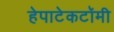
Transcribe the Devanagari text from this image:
हेपाटेकटॉमी